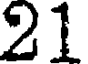
21